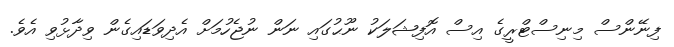
ފިނޭންސް މިނިސްޓްރީގެ އިސް އޮފިޝަލަކު ނޫޙުގައި ނަން ނުޖެހުމަށް އެދިވަޑައިގެން ވިދާޅުވި އެވެ.